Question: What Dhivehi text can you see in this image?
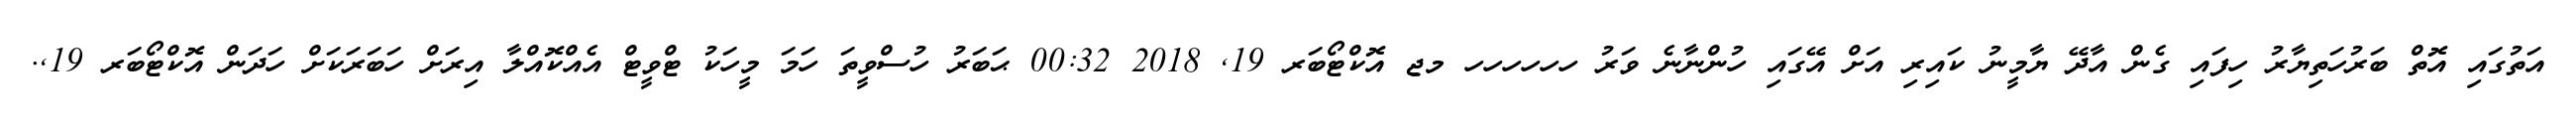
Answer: އަތުގައި އޮތް ބަރުހަތިޔާރު ހިފައި ގެން އާދޭ ޔާމީނު ކައިރި އަށް އޭގައި ހުންނާނެ ވަރު ހހހހހހ މޖ އޮކްޓޯބަރ 19, 2018 00:32 ޙަބަރު ހުސްވީތަ ހަމަ މީހަކު ޓްވީޓް އެއްކޮއްލާ އިރަށް ހަބަރަކަށް ހަދަން އޮކްޓޯބަރ 19,.